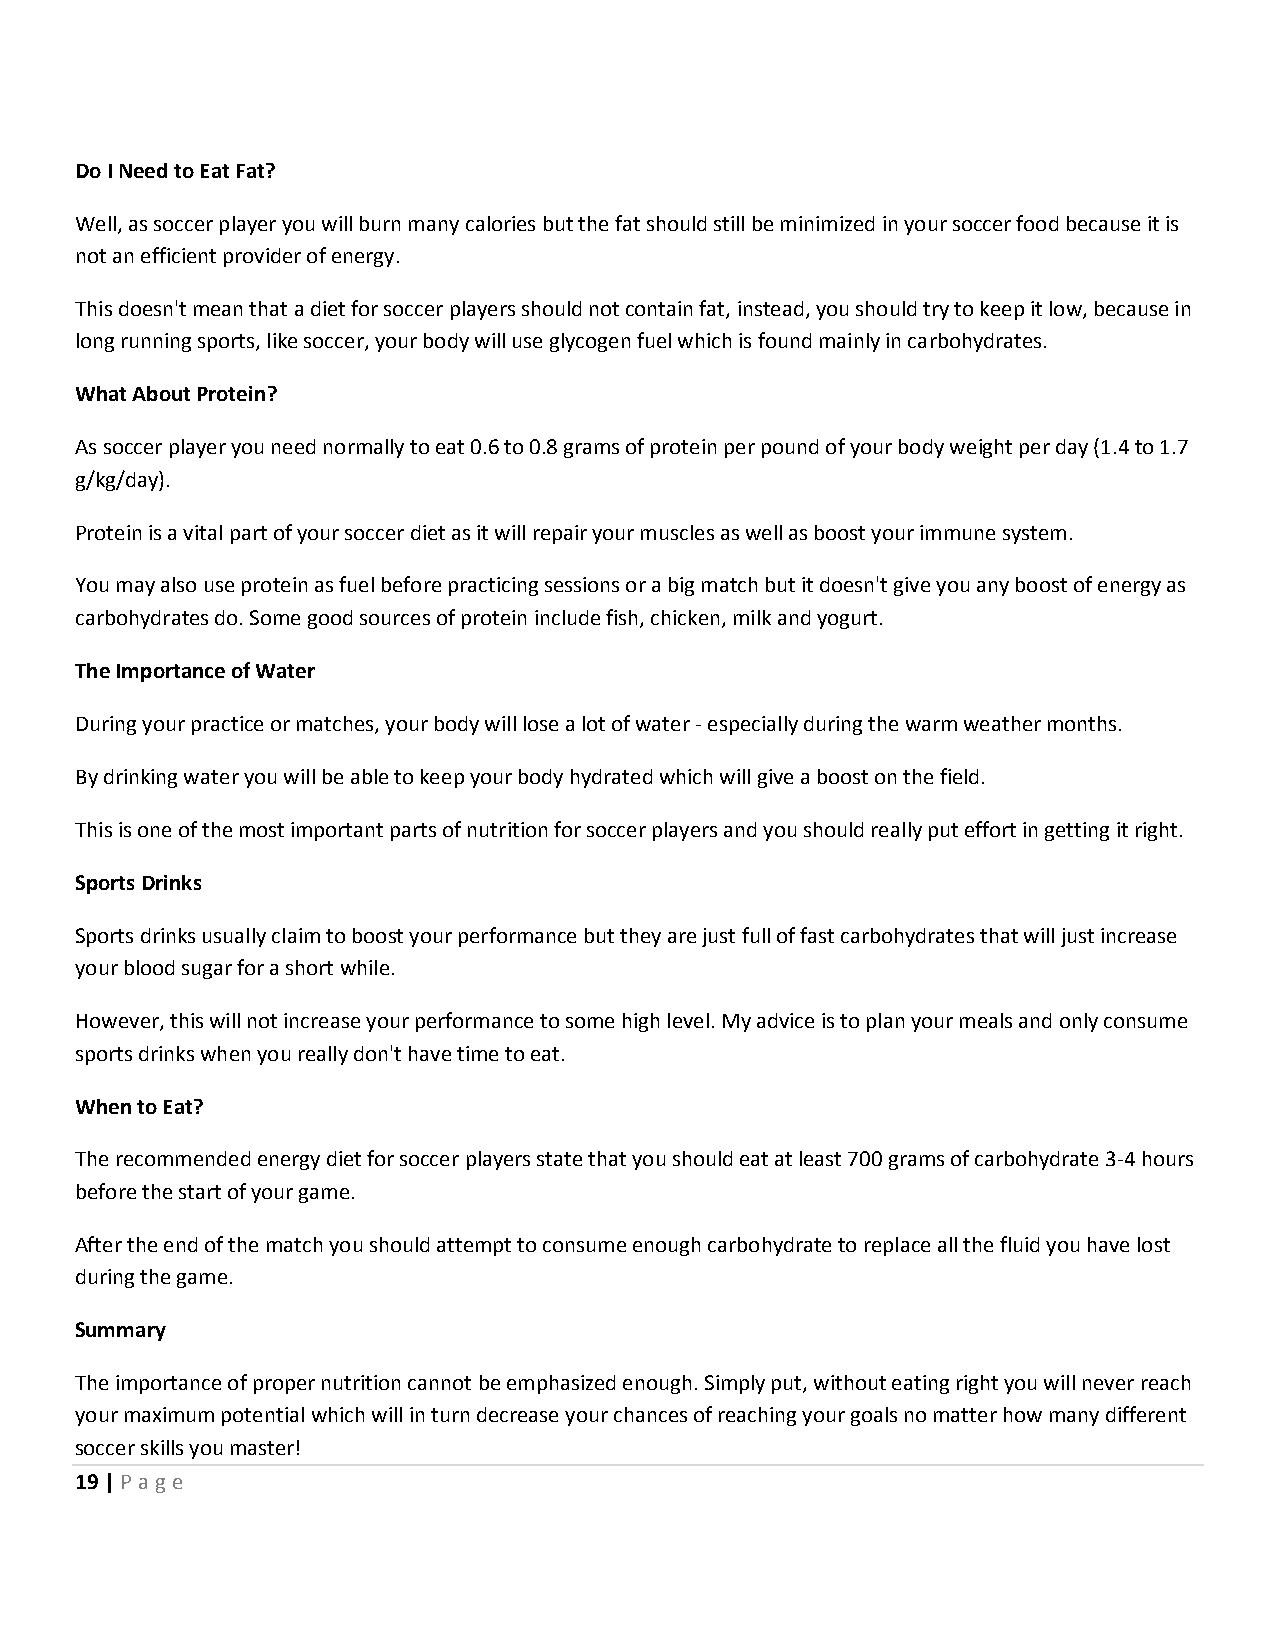
Do I Need to Eat Fat?
 Well, as soccer player you will burn many calories but the fat should still be minimized in your soccer food because it is
 not an efficient provider of energy.
 This doesn't mean that a diet for soccer players should not contain fat, instead, you should try to keep it low, because in
 long running sports, like soccer, your body will use glycogen fuel which is found mainly in carbohydrates.
 What About Protein?
 As soccer player you need normally to eat 0.6 to 0.8 grams of protein per pound of your body weight per day (1.4 to 1.7
 g/kg/day).
 Protein is a vital part of your soccer diet as it will repair your muscles as well as boost your immune system.
 You may also use protein as fuel before practicing sessions or a big match but it doesn't give you any boost of energy as
 carbohydrates do. Some good sources of protein include fish, chicken, milk and yogurt.
 The Importance of Water
 During your practice or matches, your body will lose a lot of water - especially during the warm weather months.
 By drinking water you will be able to keep your body hydrated which will give a boost on the field.
 This is one of the most important parts of nutrition for soccer players and you should really put effort in getting it right.
 Sports Drinks
 Sports drinks usually claim to boost your performance but they are just full of fast carbohydrates that will just increase
 your blood sugar for a short while.
 However, this will not increase your performance to some high level. My advice is to plan your meals and only consume
 sports drinks when you really don't have time to eat.
 When to Eat?
 The recommended energy diet for soccer players state that you should eat at least 700 grams of carbohydrate 3-4 hours
 before the start of your game.
 After the end of the match you should attempt to consume enough carbohydrate to replace all the fluid you have lost
 during the game.
 Summary
 The importance of proper nutrition cannot be emphasized enough. Simply put, without eating right you will never reach
 your maximum potential which will in turn decrease your chances of reaching your goals no matter how many different
 soccer skills you master!
 19 | P age